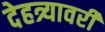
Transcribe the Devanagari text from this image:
देहत्र्यावरीं